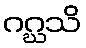
ဂဂ္ဃသိ